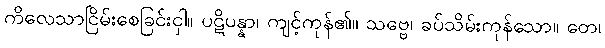
ကိလေသာငြိမ်းစေခြင်းငှါ။ ပဋိပန္နာ၊ ကျင့်ကုန်၏။ သဗ္ဗေ၊ ခပ်သိမ်းကုန်သော။ တေ၊